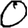
Digit: 0